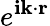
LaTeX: e^{\mathbf{i}\mathbf{{k}}\cdot\mathbf{{r}}}